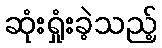
ဆုံးရှုံးခဲ့သည့်